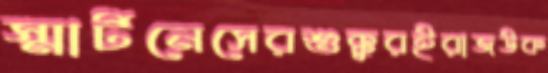
স্মার্টনেসেরশুক্কুরইরাজউক